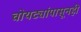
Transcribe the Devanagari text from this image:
चोयट्यांपासूनही